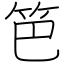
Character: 笆